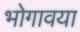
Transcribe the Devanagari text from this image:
भोगावया